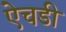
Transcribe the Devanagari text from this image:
ऐचडी